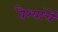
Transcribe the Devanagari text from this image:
वैश्यांचें